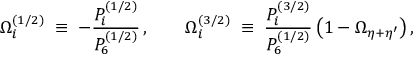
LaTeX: \Omega _ { i } ^ { ( 1 / 2 ) } \; \equiv \; - \frac { P _ { i } ^ { ( 1 / 2 ) } } { P _ { 6 } ^ { ( 1 / 2 ) } } \, , \qquad \Omega _ { i } ^ { ( 3 / 2 ) } \; \equiv \; \frac { P _ { i } ^ { ( 3 / 2 ) } } { P _ { 6 } ^ { ( 1 / 2 ) } } \, \big ( 1 - \Omega _ { \eta + \eta ^ { \prime } } \big ) \, ,